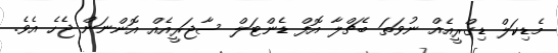
މެޑިކަލް ޑިގްރީއެއް ނުވަތަ ބެޗްލާ އޮފް ޑެންޓަލް ސާޖަރީއެއް އޮންނަން ޖެހެ އެވެ.